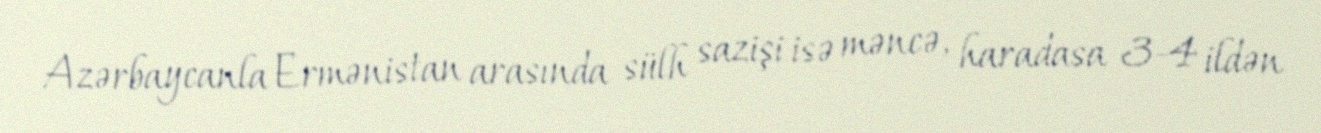
Azərbaycanla Ermənistan arasında sülh sazişi isə məncə, haradasa 3-4 ildən